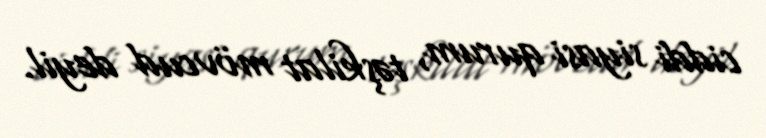
ciddi siyasi qurum, təşkilat mövcud deyil.